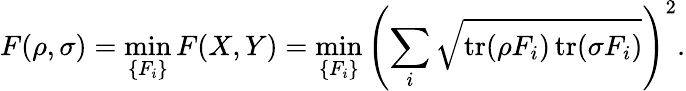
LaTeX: F(\rho,\sigma)=\operatorname*{min}_{\{ F_{i}\} }F(X,Y)=\operatorname*{min}_{\{ F_{i}\} }\left(\sum_{i}{\sqrt{\operatorname{tr}(\rho F_{i})\operatorname{tr}(\sigma F_{i})}}\right)^{2}.